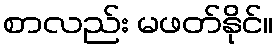
စာလည်း မဖတ်နိုင်။